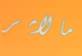
مالامر